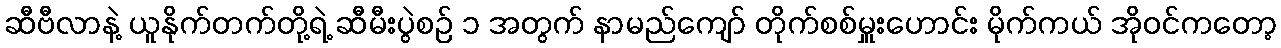
ဆီဗီလာနဲ့ ယူနိုက်တက်တို့ရဲ့ ဆီမီးပွဲစဉ် ၁ အတွက် နာမည်ကျော် တိုက်စစ်မှူးဟောင်း မိုက်ကယ် အိုဝင်ကတော့